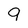
Character: 9